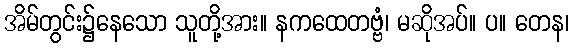
အိမ်တွင်း၌နေသော သူတို့အား။ နကထေတဗ္ဗံ၊ မဆိုအပ်။ ပ။ တေန၊